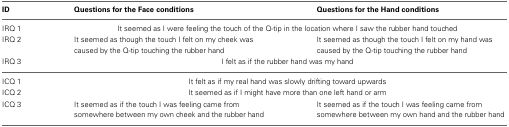
| ID | Questions for the Face conditions | Questions for the Hand conditions |
 | --- | --- | --- |
 | IRQ 1 | <COLSPAN=2> It seemed as I were feeling the touch of the Q-tip in the location where I saw the rubber hand touched |
 | IRQ 2 | It seemed as though the touch I felt on my cheek was caused by the Q-tip touching the rubber hand | It seemed as though the touch I felt on my hand was caused by the Q-tip touching the rubber hand |
 | IRQ 3 | <COLSPAN=2> I felt as if the rubber hand was my hand |
 | ICQ 1 | <COLSPAN=2> It felt as if my real hand was slowly drifting toward upwards |
 | ICQ 2 | <COLSPAN=2> It seemed as if I might have more than one left hand or arm |
 | ICQ 3 | It seemed as if the touch I was feeling came from somewhere between my own cheek and the rubber hand | It seemed as if the touch I was feeling came from somewhere between my own hand and the rubber hand |